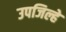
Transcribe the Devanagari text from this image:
उपजिल्हे